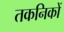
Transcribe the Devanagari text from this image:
तकनिकों